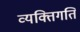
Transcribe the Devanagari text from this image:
व्यक्तिगति